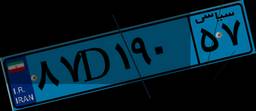
۸۷D۱۹۰۵۷